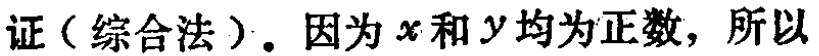
证（综合法）. 因为\(x\)和\(y\)均为正数，所以